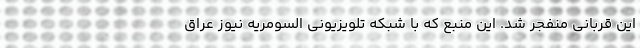
این قربانی منفجر شد. این منبع که با شبکه تلویزیونی السومریه نیوز عراق